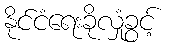
နိုင်ငံရေးခိုလှုံခွင့်